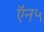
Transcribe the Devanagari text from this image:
ऍन५